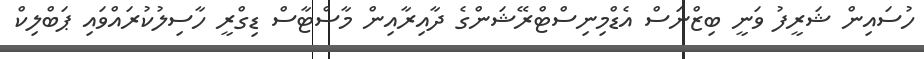
ހުސައިން ޝަރީފު ވަނީ ބިޒްނަސް އެޑްމިނިސްޓްރޭޝަންގެ ދާއިރާއިން މާސްޓާސް ޑިގްރީ ހާސިލުކުރައްވައި ޕަބްލިކް